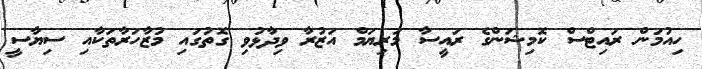
ހިއުމަން ރައިޓްސް ކޮމިޝަންގެ ރައީސާ މަރިޔަމް އަޒުރާ ވިދާޅުވި ގޮތުގައި މުޒާހަރާތަކާއި ސިޔާސީ